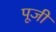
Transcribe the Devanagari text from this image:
पूजीं